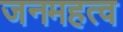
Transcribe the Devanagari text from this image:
जनमहत्व